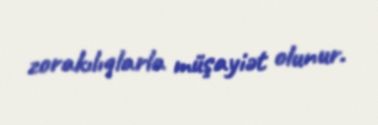
zorakılıqlarla müşayiət olunur.